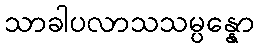
သာခါပလာသသမ္ပန္နော